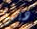
ديبرا